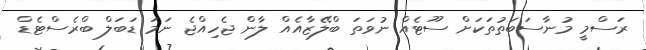
ރަސްމީ މުނާސަބަތުތަކަށް ސޫޓެއް ނުވަތަ ބްލޭޒާއެއް ލާން ޖެހިއްޖެ ނަމަ ޑަބަލް ބްރެސްޓެޑް